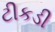
ટીકડી